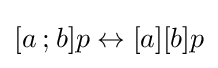
[a\mathbin {;} b]p\leftrightarrow [a][b]p\,\!